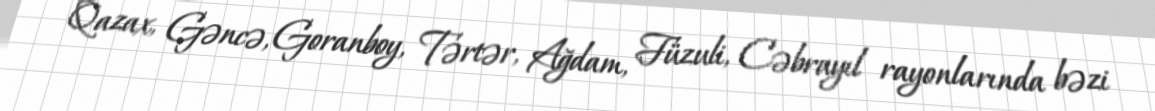
Qazax, Gəncə, Goranboy, Tərtər, Ağdam, Füzuli, Cəbrayıl rayonlarında bəzi